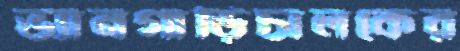
ভ্যানগাড়িচালকের